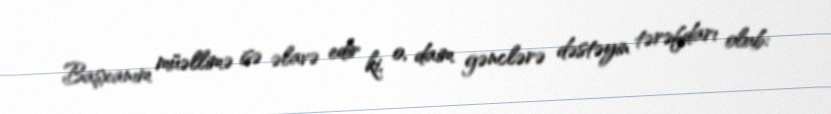
Başxanım müəllimə isə əlavə edir ki, o, daim gənclərə dəstəyin tərəfdarı olub: